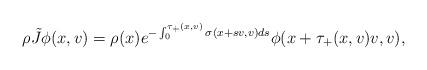
LaTeX: \begin{align*}\rho\tilde J\phi(x,v)=\rho(x)e^{-\int_0^{\tau_+(x,v)}\sigma(x+ sv,v)ds}\phi(x+\tau_+(x,v)v,v),\end{align*}